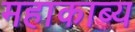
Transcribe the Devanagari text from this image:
महाकाब्‍य